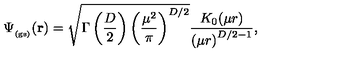
\Psi _ { _ \mathrm { ( g s ) } } ( { \bf r } ) = \sqrt { \Gamma \left( \frac { D } { 2 } \right) \left( \frac { \mu ^ { 2 } } { \pi } \right) ^ { D / 2 } } \frac { K _ { 0 } ( \mu r ) } { \left( \mu r \right) ^ { D / 2 - 1 } } ,